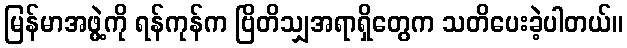
မြန်မာအဖွဲ့ကို ရန်ကုန်က ဗြိတိသျှအရာရှိတွေက သတိပေးခဲ့ပါတယ်။